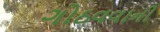
ગોઠવવાની